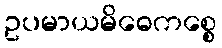
ဥပမာယမိဓေကစ္စေ